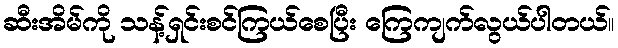
ဆီးအိမ်ကို သန့်ရှင်းစင်ကြယ်စေပြီး ကြေကျက်လွယ်ပါတယ်။